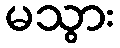
မသွား